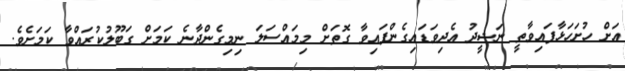
އަށް ހުށަހަޅާފައިވާތީ ނަޝީދު އެދިވަޑައިގެންފައިވާ ގޮތަށް މިމައްސަލަ ނިމިގެންދާނެ ކަމަށް ގަބޫލުކުރައްވާ ކަމަށެވެ.